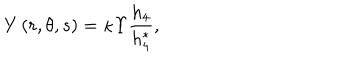
LaTeX: Y \left( r , \theta , s \right) = \kappa \Upsilon \frac { h _ { 4 } } { h _ { 4 } ^ { * } } ,